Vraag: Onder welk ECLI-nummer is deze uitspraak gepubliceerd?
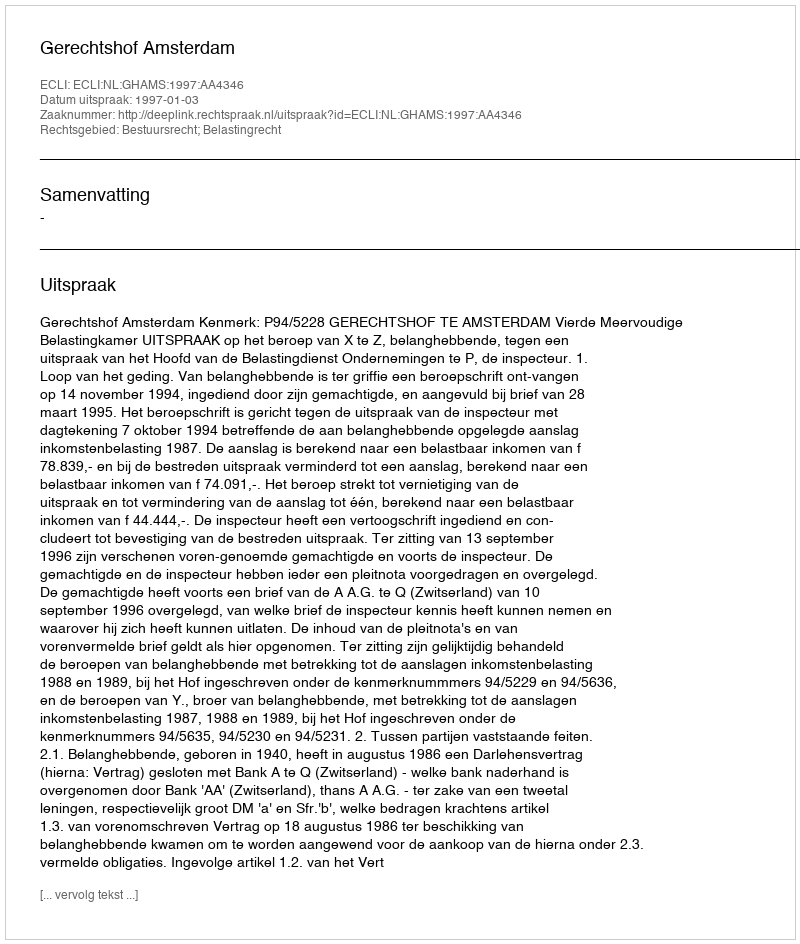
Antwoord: ECLI:NL:GHAMS:1997:AA4346